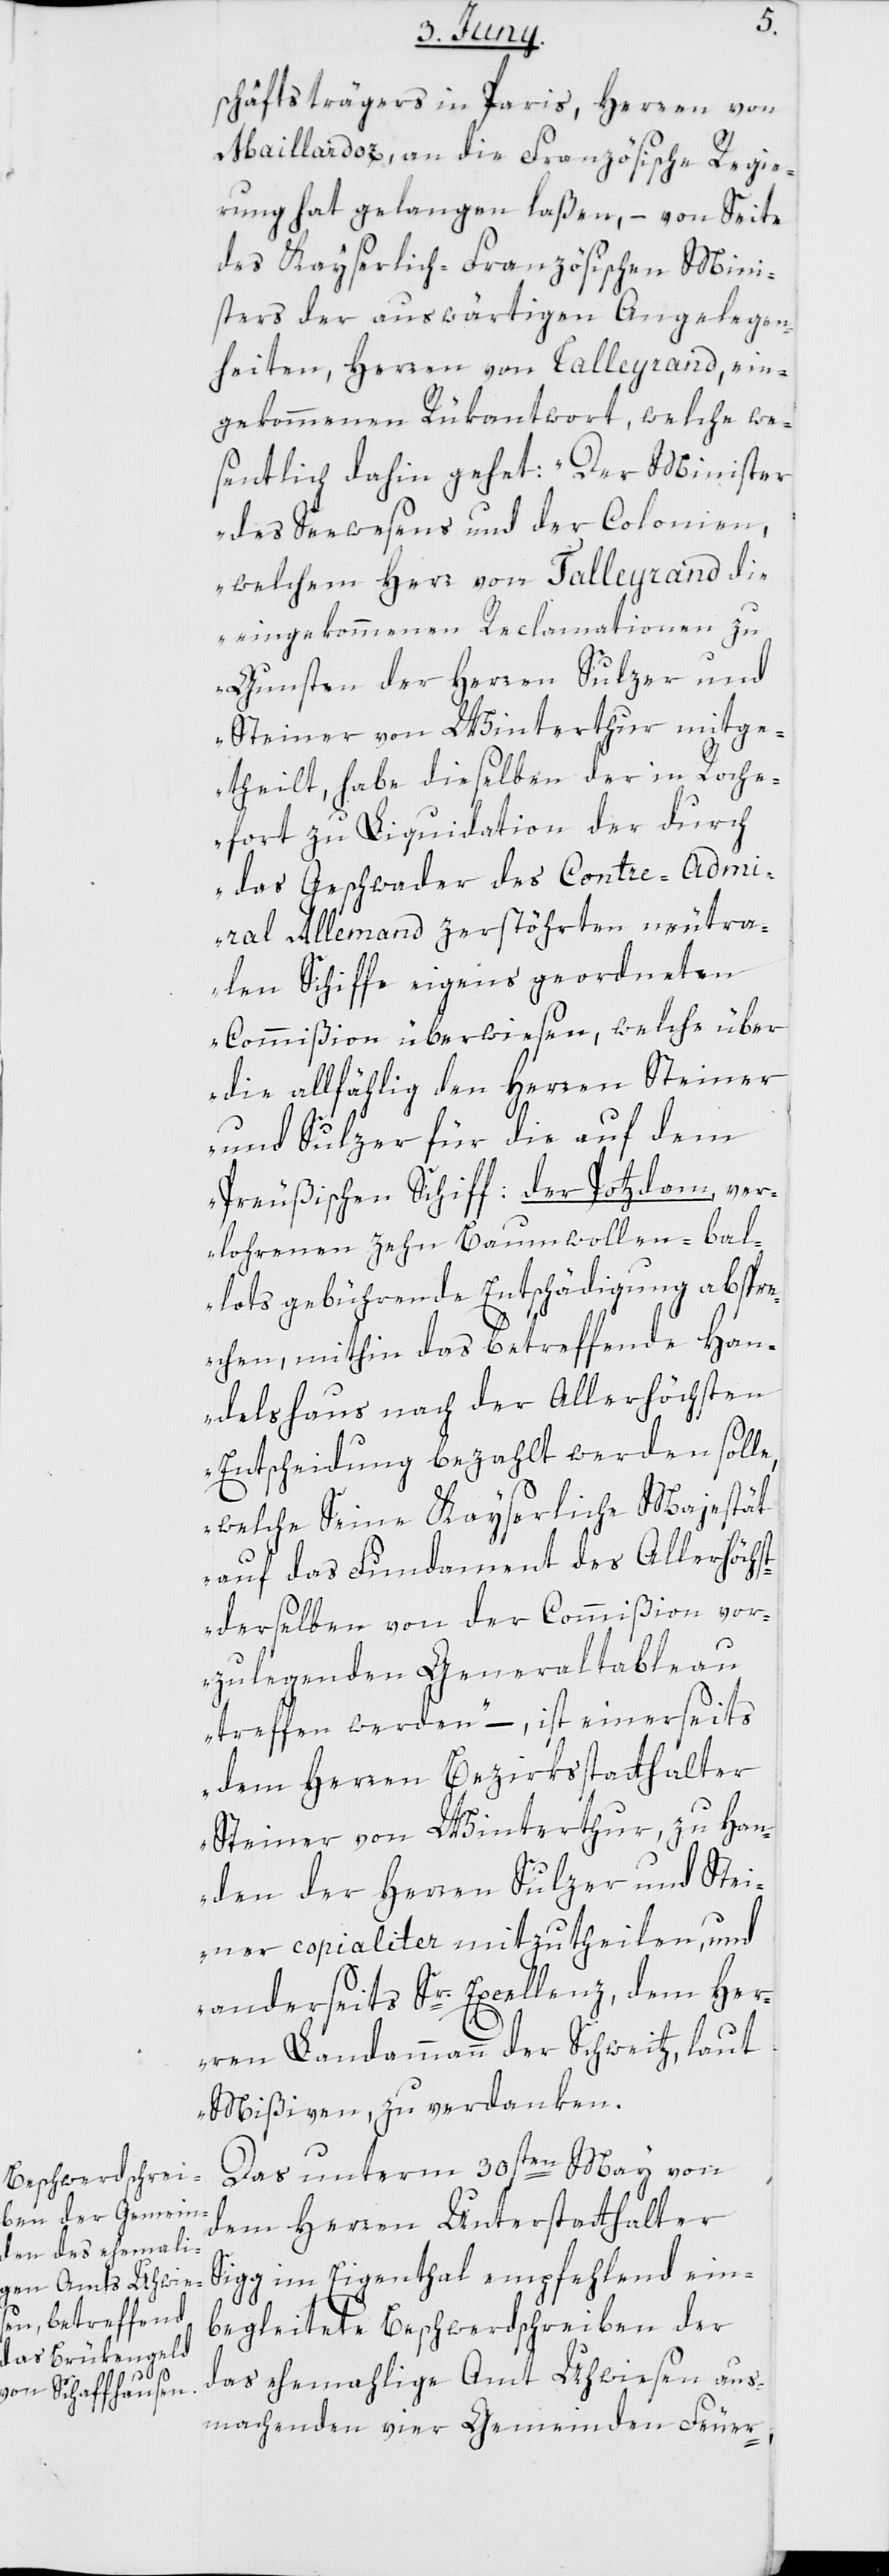
schäftsträgers in Paris, Herren von
Maillardoz, an die Französische Regie¬
rung hat gelangen laßen, von Seite
des Kayserlich-Französischen Mini¬
sters der auswärtigen Angelegen¬
heiten, Herren von Talleyrand, ein¬
gekommenen Rükantwort, welche we¬
sentlich dahin gehet: „Der Minister
des Seewesens und der Colonien,
welchem Herr von Talleyrand die
eingekommenen Reclamationen zu
Gunsten der Herren Sulzer und
Steiner von Winterthur mitge¬
theilt, habe dieselben der in Roche¬
fort zu Liquidation der durch
das Geschwader des Contre-Admi¬
ral Allemand zerstöhrten neutra¬
len Schiffe eigens geordneten
Commißion überwiesen, welche über
die allfählig den Herren Steiner
und Sulzer für die auf dem
preußischen Schiff: der Potzdam, ver¬
lohrenen zehn Baumwollen-bal¬
lots gebührende Entschädigung abspr¬
echen, mithin das betreffende Han¬
delshaus nach der Allerhöchsten
Entscheidung bezahlt werden solle,
welche Seine Kayserliche Majestät
auf das Fundament des Allerhöchst
derselben von der Commißion vor¬
zulegenden Generaltableau
treffen werden“, – ist, einerseits
dem Herren Bezirksstatthalter
Steiner von Winterthur, zu Han¬
den der Herren Sulzer und Stei¬
ner copialiter mitzutheilen, und
anderseits Sr. Excellenz, dem Her¬
ren Landammann der Schweitz, laut
Mißiven, zu verdanken.
Das unterm 30sten May von
dem Herren Unterstatthalter
Sigg im Eigenthal empfehlend ein¬
begleitete Beschwerdschreiben der
das ehemalige Amt Uhwiesen aus¬
machenden vier Gemeinden Feur-